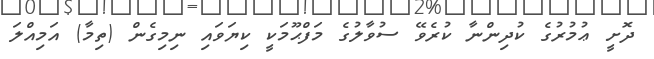
ދޮށީ ޢުމުރުގެ ކުދިންނާ ކުރެވޭ ސުވާލުގެ މަފްޙޫމަކީ ކިޔަވައި ނިމިގެން (ތިމާ) އަމިއްލަ